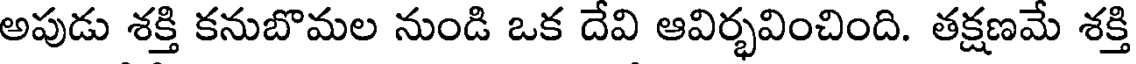
అపుడు శక్తి కనుబొమల నుండి ఒక దేవి ఆవిర్భవించింది. తక్షణమే శక్తి